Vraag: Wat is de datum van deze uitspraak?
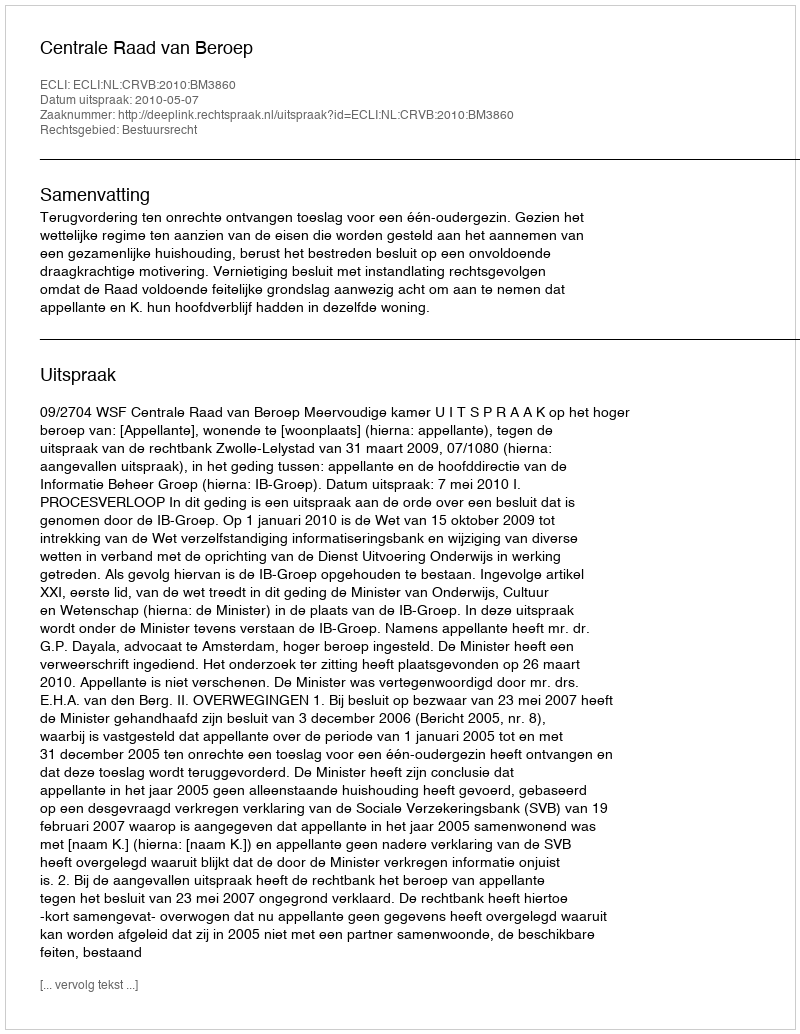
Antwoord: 2010-05-07